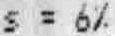
S = 6%